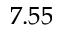
7 . 5 5